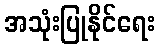
အသုံးပြုနိုင်ရေး